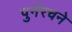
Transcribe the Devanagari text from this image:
पुर्नरचने